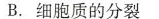
B.细胞质的分裂